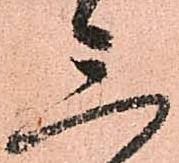
三